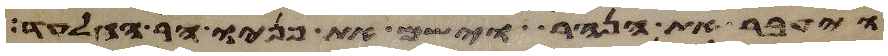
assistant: ויעבר את הנהר וישם את פניו הר הגלעד